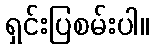
ရှင်းပြစမ်းပါ။